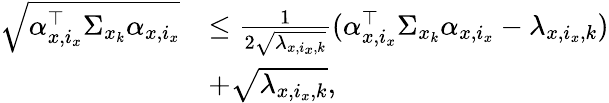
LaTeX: \begin{array}{rl}{\sqrt{\alpha_{x,i_{x}}^{\top}\Sigma_{x_{k}}\alpha_{x,i_{x}}}}&{\leq\frac{1}{2\sqrt{\lambda_{x,i_{x},k}}}(\alpha_{x,i_{x}}^{\top}\Sigma_{x_{k}}\alpha_{x,i_{x}}-\lambda_{x,i_{x},k})}\\ &{+\sqrt{\lambda_{x,i_{x},k}},}\end{array}